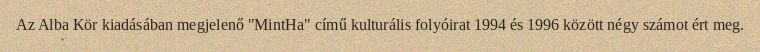
Az Alba Kör kiadásában megjelenő "MintHa" című kulturális folyóirat 1994 és 1996 között négy számot ért meg.